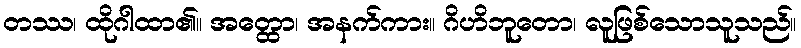
တဿ၊ ထိုဂါထာ၏။ အတ္ထော၊ အနက်ကား။ ဂိဟိဘူတော၊ လူဖြစ်သောသူသည်။